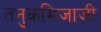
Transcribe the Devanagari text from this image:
तनुकमिजाजी